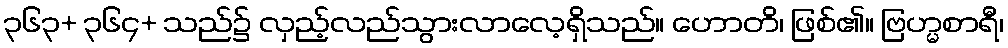
၃၆၃+ ၃၆၄+ သည်၌ လှည့်လည်သွားလာလေ့ရှိသည်။ ဟောတိ၊ ဖြစ်၏။ ဗြဟ္မစာရီ၊